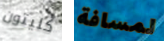
كليتون لمسافة